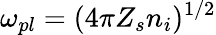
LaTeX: \omega_{pl}=(4\pi Z_{s}n_{i})^{1/2}